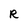
Character: R